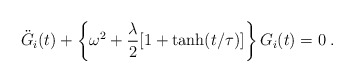
\begin{align*}\ddot{G}_i(t)+\left\{\omega^2+\frac{\lambda}{2}[1+\tanh(t/\tau)]\right\}G_i(t)=0\;.\end{align*}